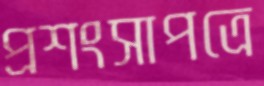
প্রশংসাপত্রে